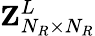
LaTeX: {\mathbf{Z}}_{N_{R}\times N_{R}}^{L}